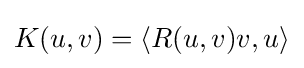
K(u,v)=\langle R(u,v)v,u\rangle